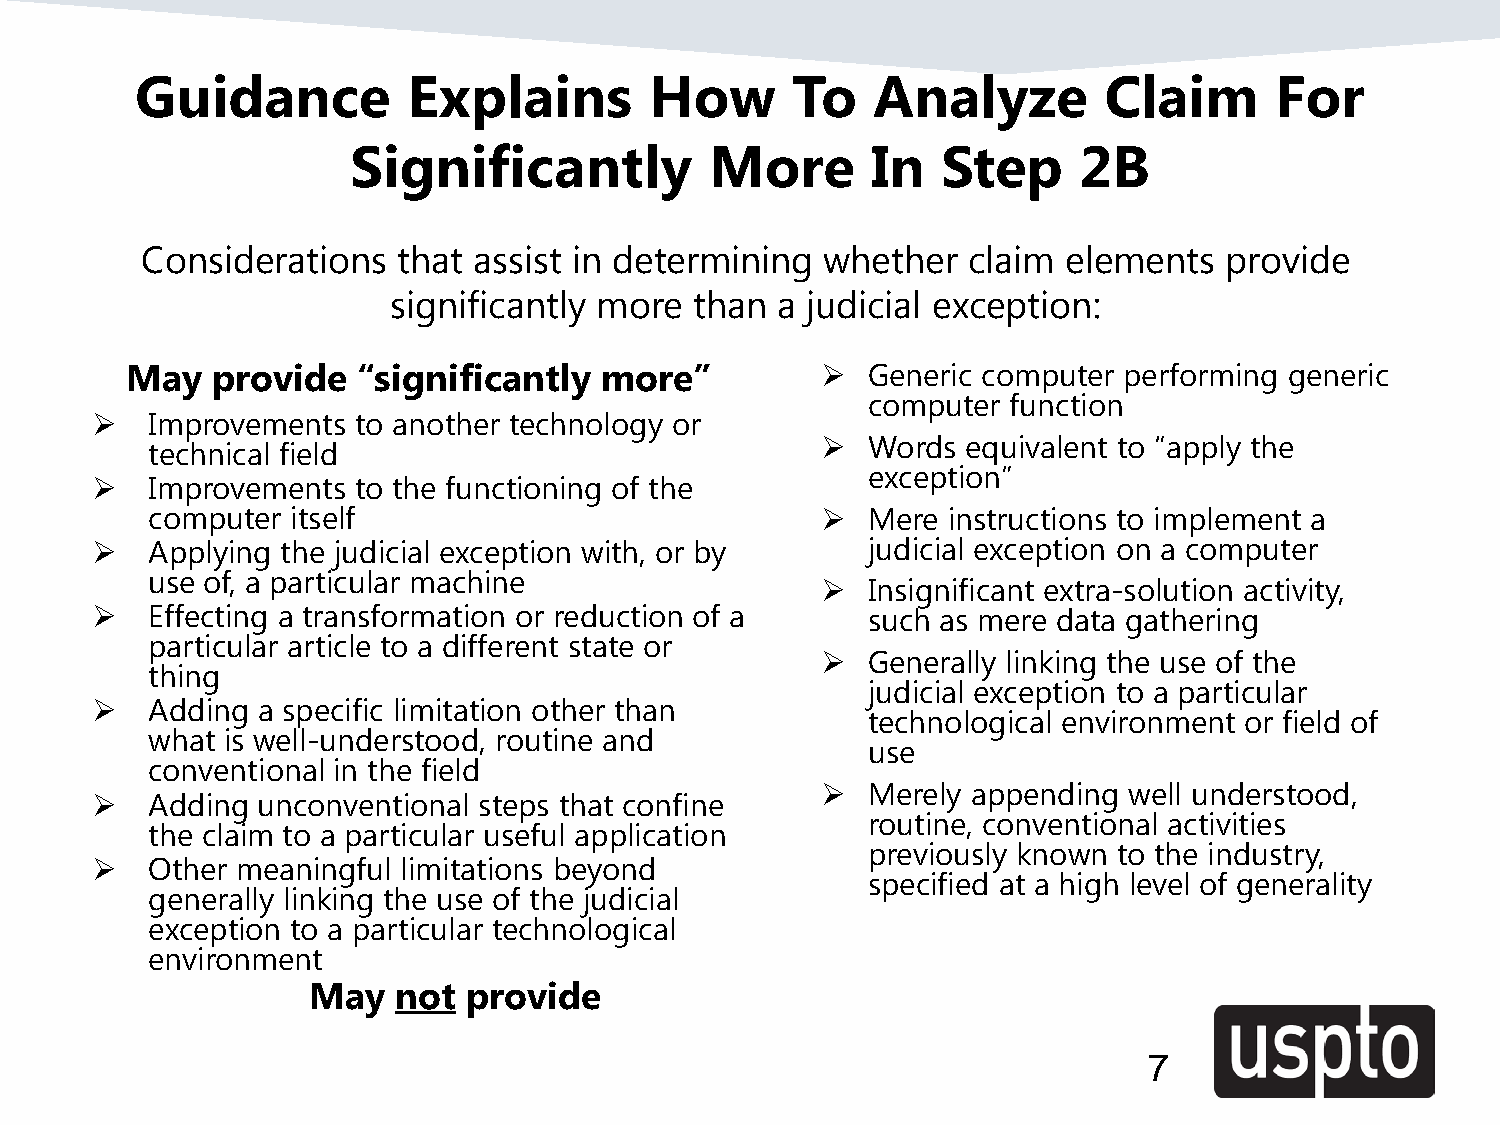
Guidance          Explains        How      To    Analyze        Claim      For
 Significantly           More       In  Step     2B
 Considerations   that assist in determining   whether  claim  elements  provide
 significantly more  than a judicial exception:
 May   provide   “significantly  more”           Generic computer performing generic
 computer  function
    Improvements  to another technology or
   Words  equivalent to “apply the
 technical field
 exception”
    Improvements  to the functioning of the
 computer itself                               Mere  instructions to implement a
    Applying the judicial exception with, or by    judicial exception on a computer
 use of, a particular machine
   Insignificant extra-solution activity,
    Effecting a transformation or reduction of a   such as mere data gathering
 particular article to a different state or
   Generally linking the use of the
 thing
 judicial exception to a particular
    Adding a specific limitation other than
 technological environment or field of
 what is well-understood, routine and
 use
 conventional in the field
   Merely appending  well understood,
    Adding unconventional steps that confine
 routine, conventional activities
 the claim to a particular useful application
 previously known to the industry,
    Other meaningful limitations beyond
 specified at a high level of generality
 generally linking the use of the judicial
 exception to a particular technological
 environment
 May   not  provide
 7
 7